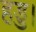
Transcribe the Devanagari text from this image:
हड्ड।